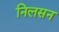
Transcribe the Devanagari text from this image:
निलसन